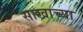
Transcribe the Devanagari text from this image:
साखाच्या